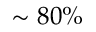
\sim 8 0 \%